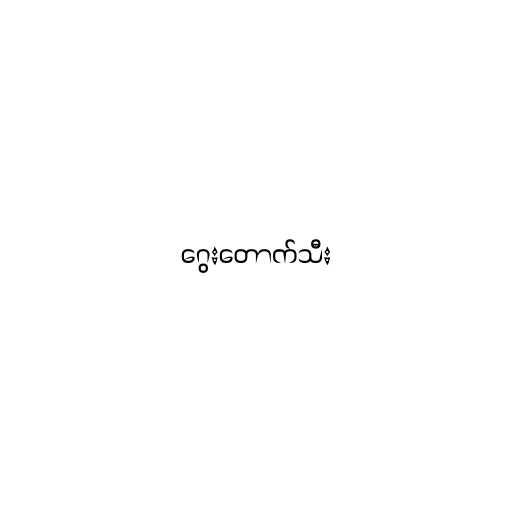
ဂွေးတောက်သီး